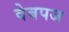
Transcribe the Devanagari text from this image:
वेबपज